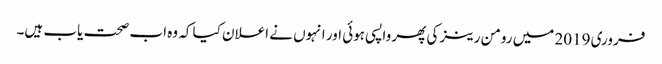
فروری 2019 میں رومن رینز کی پھر واپسی ہوئی اور انہوں نے اعلان کیا کہ وہ اب صحت یاب ہیں۔